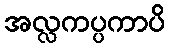
အလ္လကပ္ပကာပိ